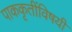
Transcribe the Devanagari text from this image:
पाककृतींविषयी